Civil Veterinary Department. United Provinces 1923-31 - 1923-1931
Year: 1923
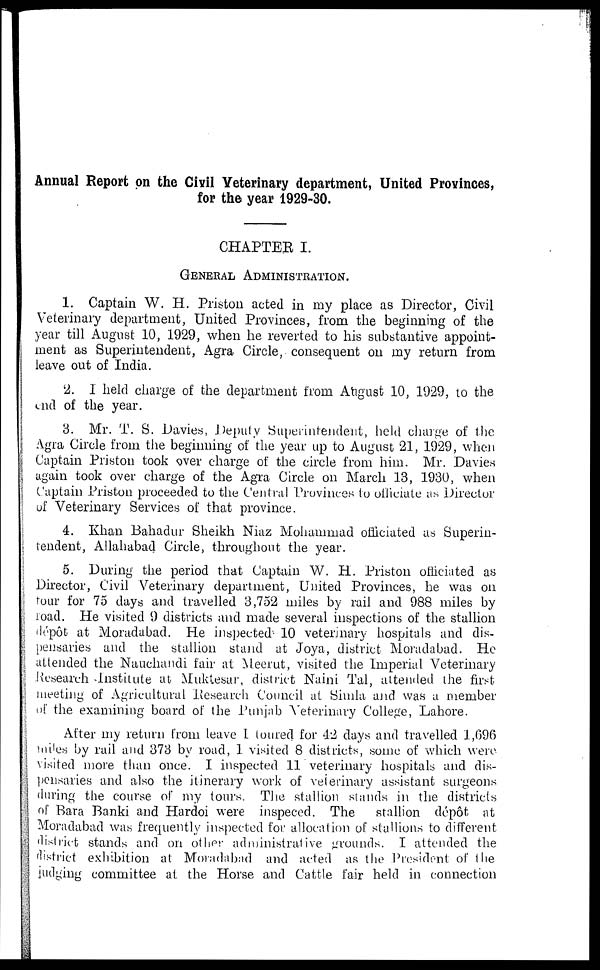
Annual Report on the Civil Veterinary department, United Provinces,
for the year 1929-30.
CHAPTER I.
GENERAL ADMINISTRATION.
1. Captain W. H. Priston acted in my place as Director, Civil
Veterinary department, United Provinces, from the beginning of the
year till August 10, 1929, when he reverted to his substantive appoint-
ment as Superintendent, Agra Circle, consequent on my return from
leave out of India.
2. I held charge of the department from August 10, 1929, to the
end of tile year.
3. Mr. T. S. Davies, Deputy Superintendent, held charge of the
Agra Circle from the beginning of the year up to August 21, 1929, when
Captain Priston took over charge of the circle from him. Mr. Davies
again took over charge of the Agra Circle on March 13, 1930, when
Captain Priston proceeded to the Central Provinces to officiate as Director
of Veterinary Services of that province.
4. Khan Bahadur Sheikh Niaz Mohammad officiated as Superin-
tendent, Allahabad Circle, throughout the year.
5. During the period that Captain W. H. Priston officiated as
Director, Civil Veterinary department, United Provinces, he was on
tour for 75 days and travelled 3,752 miles by rail and 988 miles by
road. He visited 9 districts and made several inspections of the stallion
dépôt at Moradabad. He inspected 10 veterinary hospitals and dis-
pensaries and the stallion stand at Joya, district Moradabad. He
attended the Nauchandi fair at Meerut, visited the Imperial Veterinary
Research Institute at Muktesar, district Naini Tal, attended the first
meeting of Agricultural Research Council at Simla and was a member
of the examining board of the Punjab Veterinary College, Lahore.
After my return from leave L toured for 42 days and travelled 1,696
miles by rail and 373 by road, 1 visited 8 districts, some of which were
visited more than once. I inspected 11 veterinary hospitals and dis-
pensaries and also the itinerary work of veterinary assistant surgeons
during the course of my tours. The stallion stands in the districts
of Bara Banki and Hardoi were inspeced. The
stallion depot at
Moradabad was frequently inspected for allocation of stallions to different
district stands and on other administrative grounds. I attended the
district exhibition at Moradabad and acted as the President of the
judging committee at the Horse and Cattle fair held in connection